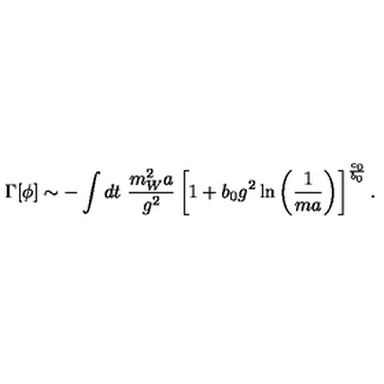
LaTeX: \Gamma [ \phi ] \sim - \int d t \ \frac { m _ { W } ^ { 2 } a } { g ^ { 2 } } \left[ 1 + b _ { 0 } g ^ { 2 } \ln \left( \frac { 1 } { m a } \right) \right] ^ { \frac { c _ { 0 } } { b _ { 0 } } } .